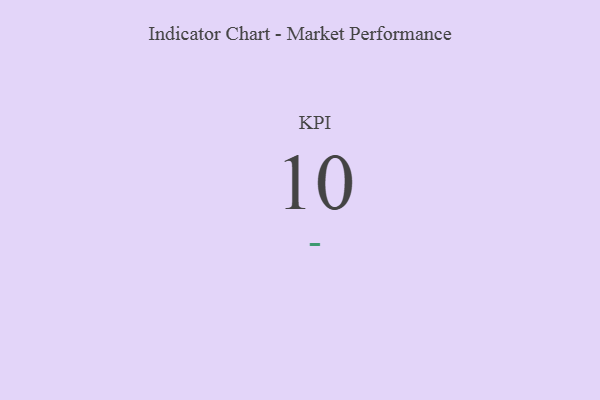
{"axis": {"x": "KPI", "y": "Value"}, "legend": [""], "data": [{"x": "KPI", "y": 10, "type": ""}]}